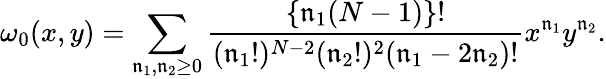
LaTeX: \omega_{0}(x,y)=\sum_{\mathfrak{n}_{1},\mathfrak{n}_{2}\geq0}\frac{{\{ \mathfrak{n}_{1}(N-1)\} !}}{{(\mathfrak{n}_{1}!)^{N-2}(\mathfrak{n}_{2}!)^{2}(\mathfrak{n}_{1}-2\mathfrak{n}_{2})!}}x^{\mathfrak{n}_{1}}y^{\mathfrak{n}_{2}}.